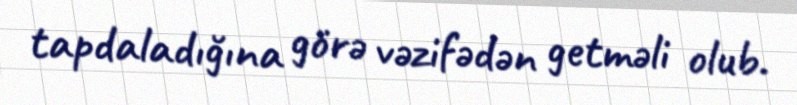
tapdaladığına görə vəzifədən getməli olub.